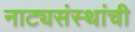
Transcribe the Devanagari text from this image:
नाट्यसंस्थांची